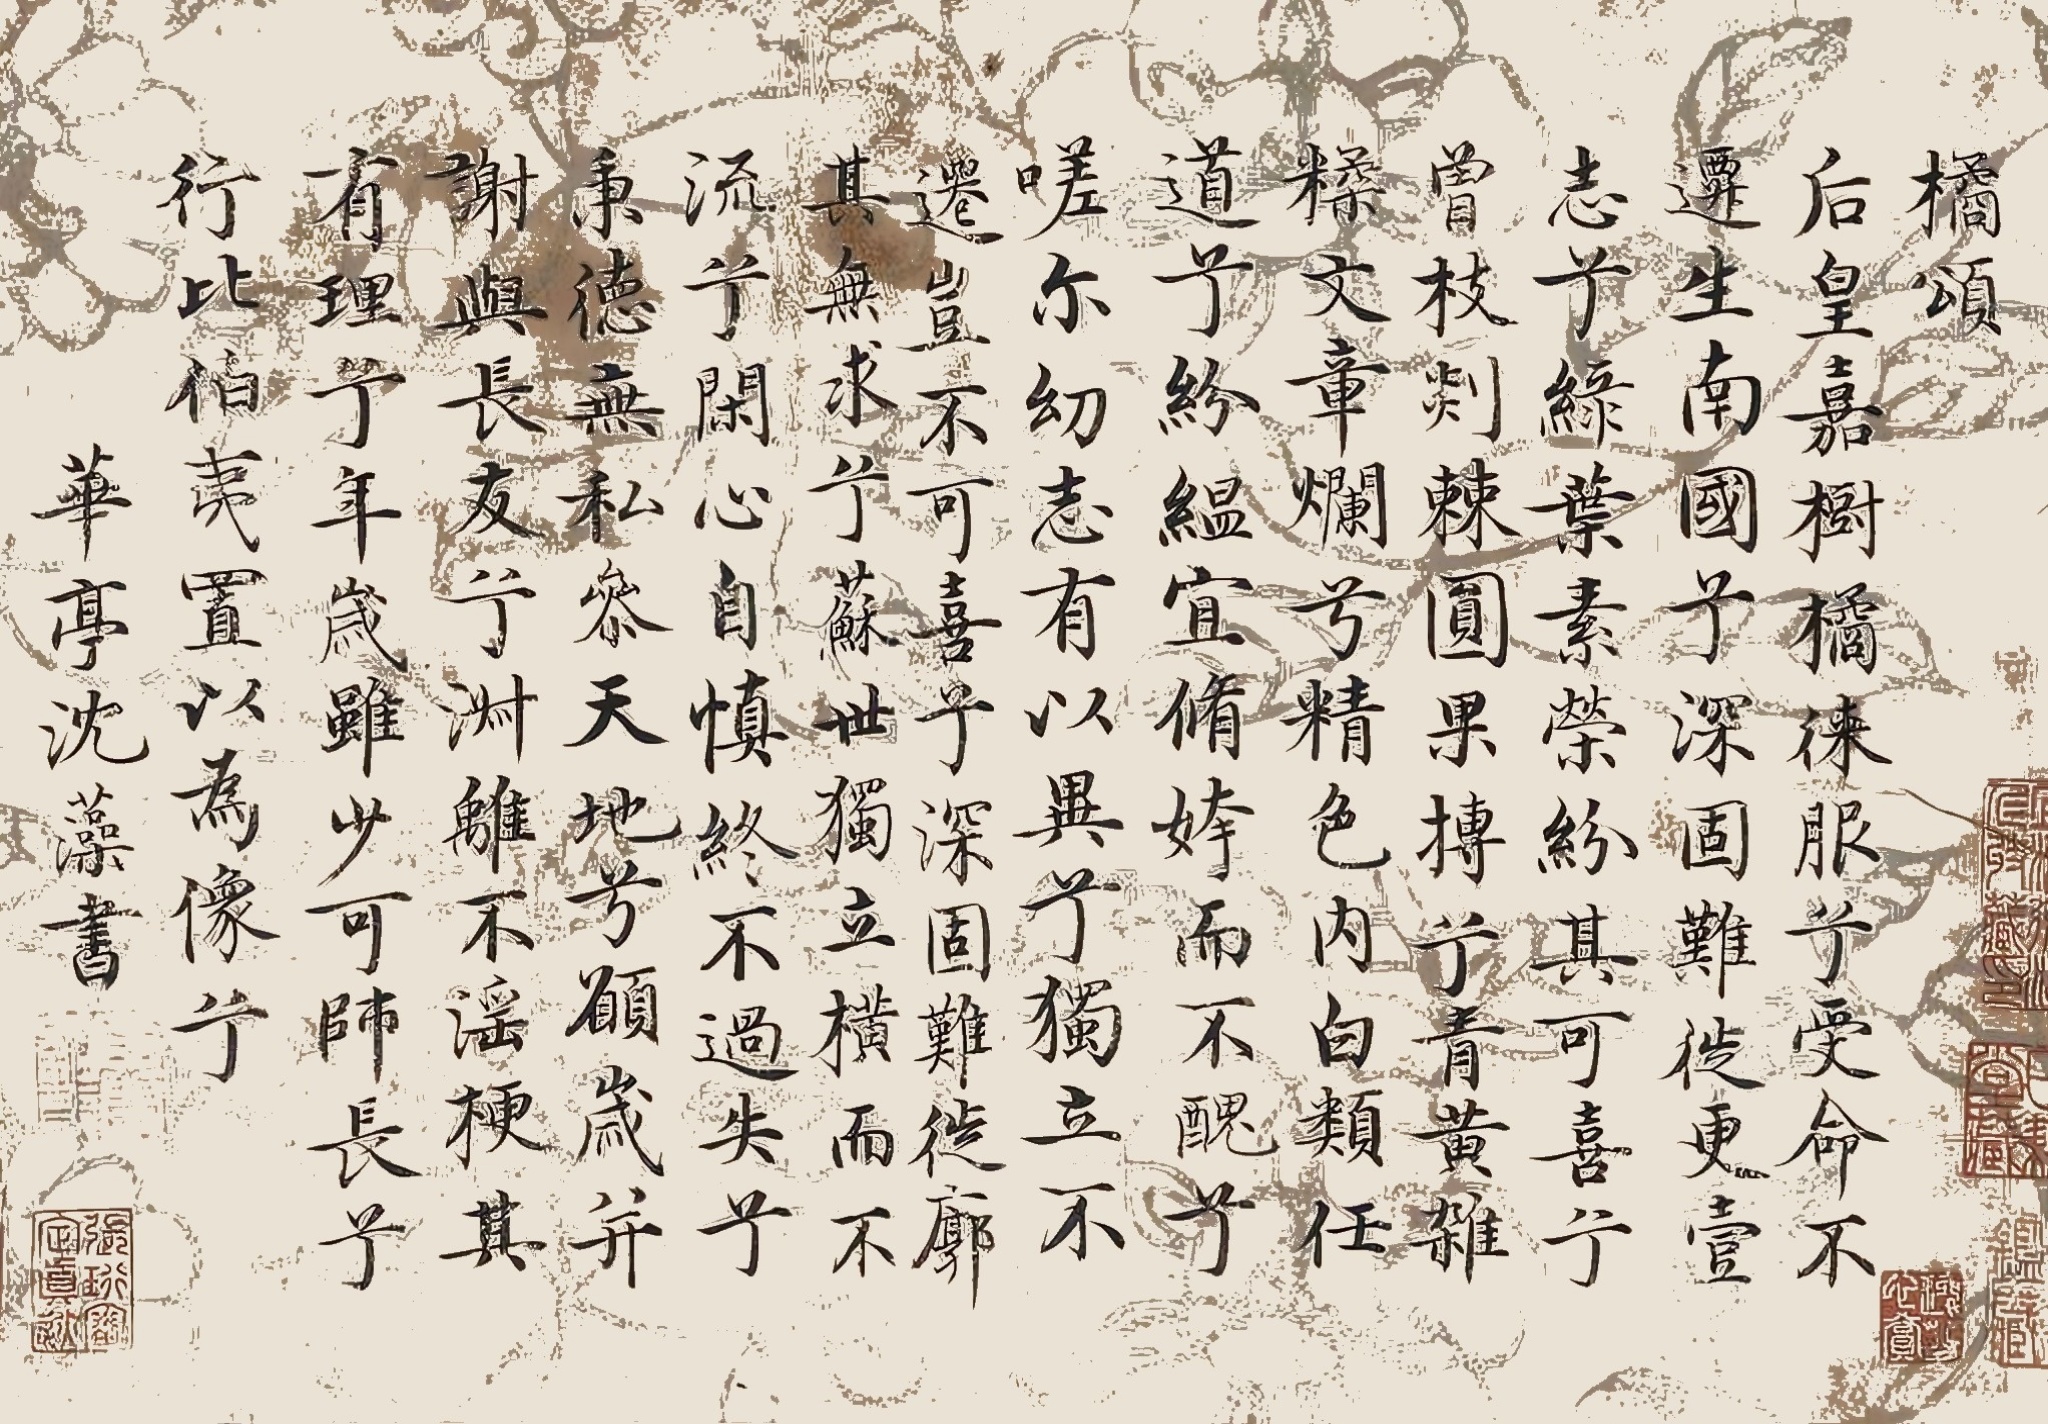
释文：《橘颂》后皇嘉树，橘徕服兮。受命不迁，生南国兮。深固难徙，更壹志兮。绿叶素荣，纷其可喜兮。曾枝剡棘，圆果抟兮。青黄杂糅，文章烂兮。精色内白，类任道兮。纷缊宜修，姱而不丑兮。嗟尔幼志，有以异兮。独立不迁，岂不可喜兮。深固难徙，廓其无求兮。苏世独立，横而不流兮。闭心自慎，终不失过兮。秉德无私，参天地兮。愿岁并谢，与长友兮。淑离不淫，梗其有理兮。年岁虽少，可师长兮。行比伯夷，置以为像兮。华亭沈藻书。